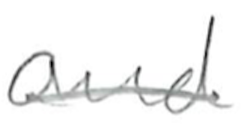
Text: and
Cross-out: single-line
Writing tool: pencil